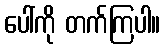
ပေါ်ကို တက်ကြပါ။